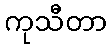
ကုသီတာ